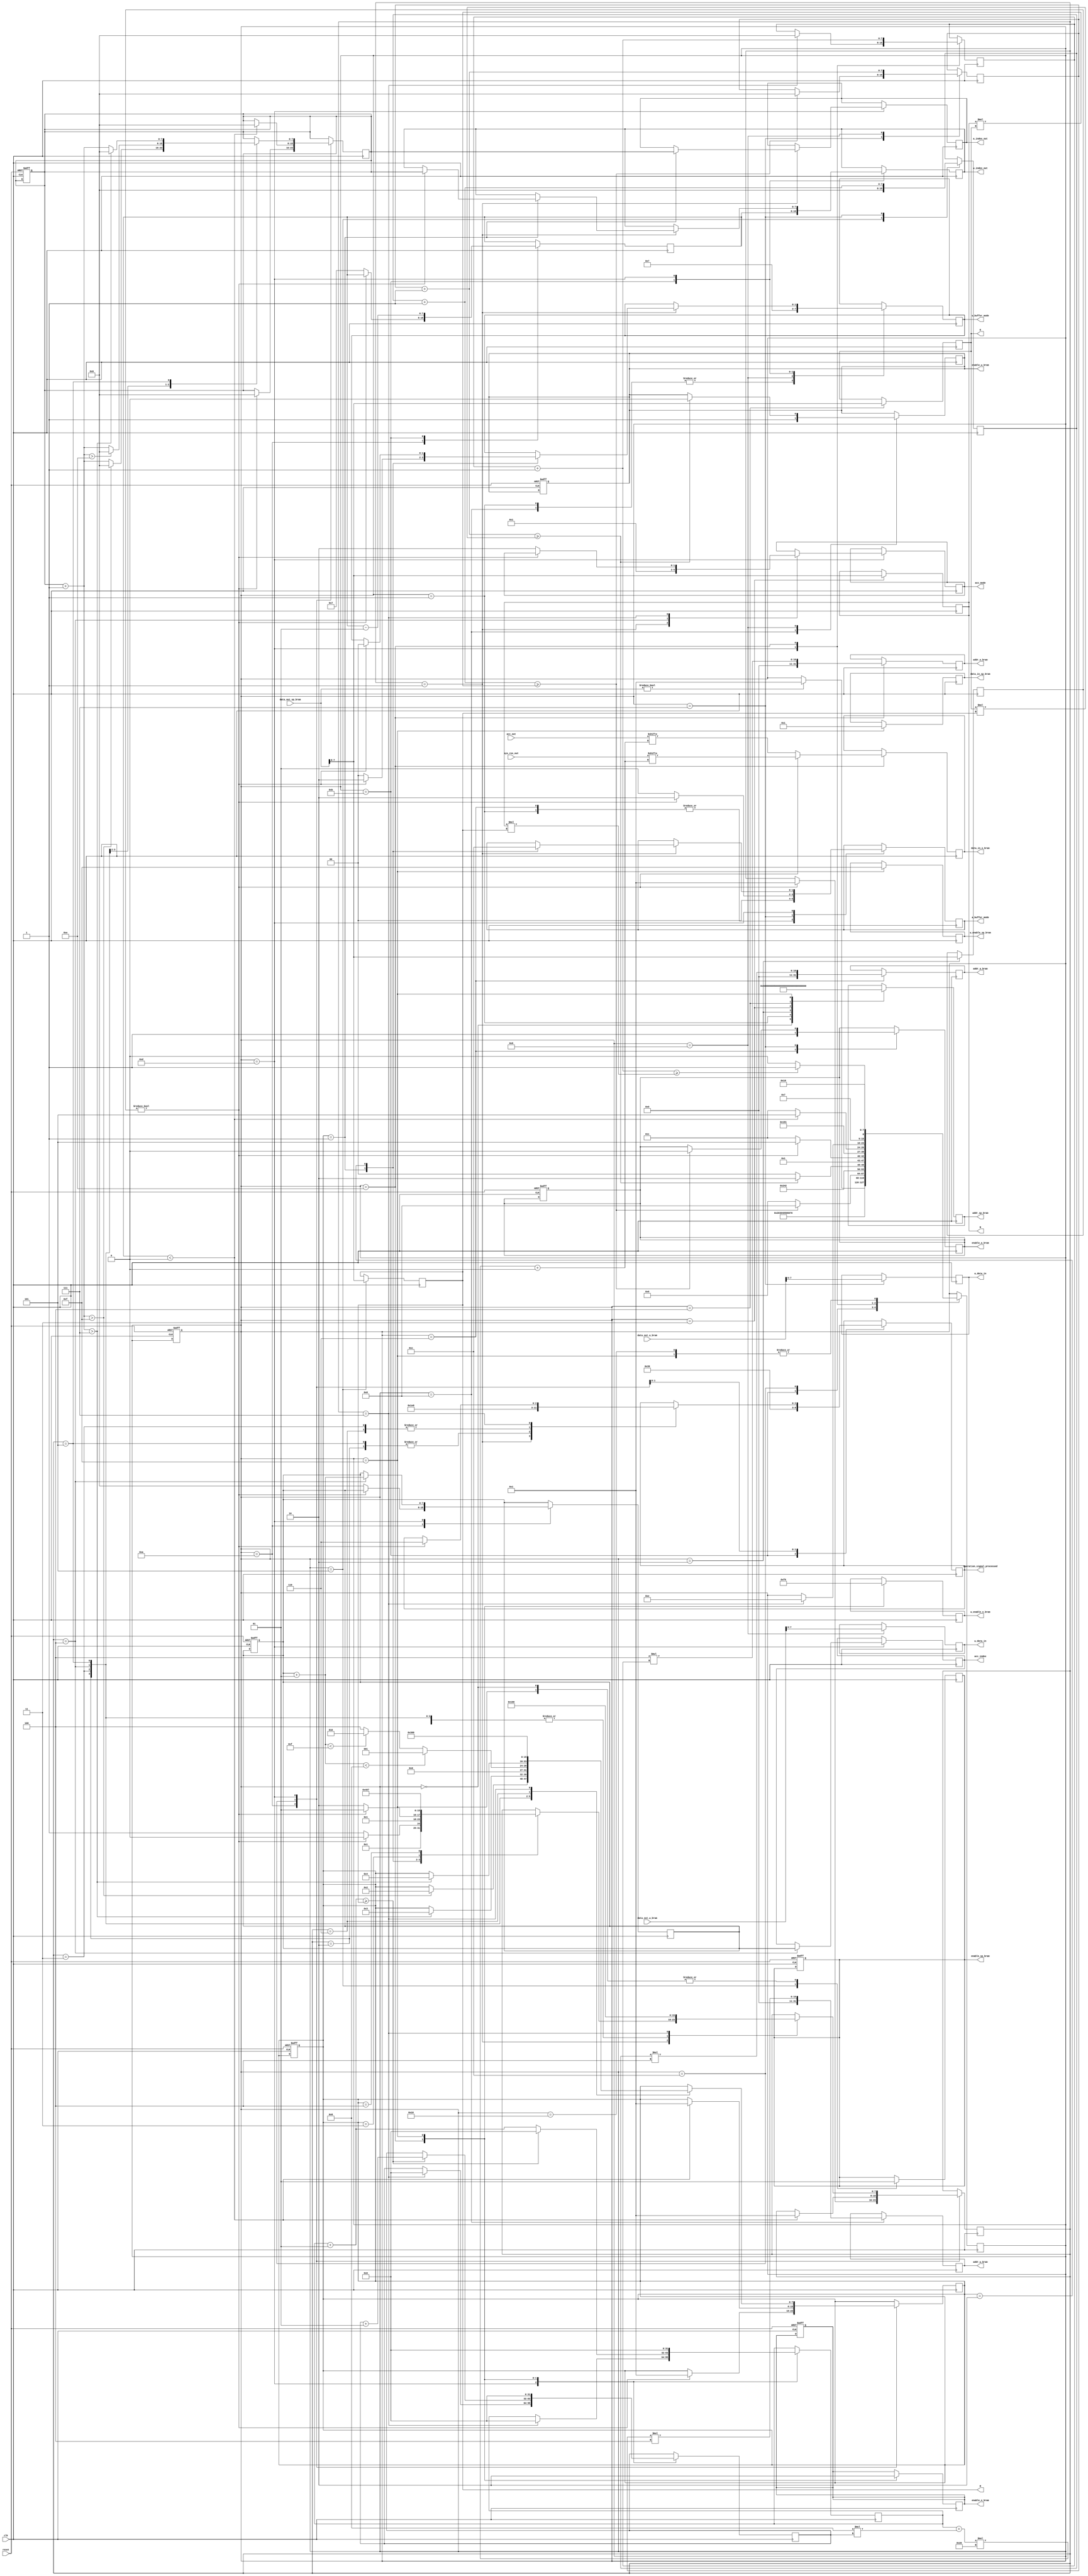
`timescale 100ns / 1ns

module fsm #(
    parameter integer DATA_WIDTH        = 8,
    parameter integer PE_OUT_WIDTH      = 32,
    parameter integer BRAM_ADDR_WIDTH   = 32,
    parameter integer INDEX_WIDTH       = 8,
    parameter integer OP_SIG_WIDTH      = 3,
    parameter integer MODE_SIG_WIDTH    = 2
)(
    input wire clk,
    input wire reset,

    output wire [32-1:0]         addr_sp_bram,
    output wire                  enable_sp_bram,
    input wire  [32-1:0]         data_out_sp_bram,  
    output wire [4-1 :0]         w_enable_sp_bram,
    output wire [32-1:0]         data_in_sp_bram,

    output wire [32-1:0]         addr_a_bram,
    output wire                  enable_a_bram,
    input  wire [32-1:0]         data_out_a_bram,

    output wire [32-1:0]         addr_w_bram,
    output wire                  enable_w_bram,
    input  wire [32-1:0]         data_out_w_bram,

    output wire [32-1:0]         addr_o_bram,
    output wire                  enable_o_bram,
    output wire [4-1 :0]         w_enable_o_bram,
    output wire [32-1:0]         data_in_o_bram,

    output wire [INDEX_WIDTH-1:0] M,
    output wire [INDEX_WIDTH-1:0] N,
    output wire [INDEX_WIDTH-1:0] K,

    output wire [DATA_WIDTH      - 1:0] a_data_in,
    output wire [DATA_WIDTH      - 1:0] w_data_in,
    output wire [MODE_SIG_WIDTH  - 1:0] a_buffer_mode,
    output wire [MODE_SIG_WIDTH  - 1:0] w_buffer_mode,
    output wire [INDEX_WIDTH     - 1:0] a_index_out,
    output wire [INDEX_WIDTH     - 1:0] w_index_out,

    output wire [MODE_SIG_WIDTH  - 1:0] acc_mode,
    output wire [INDEX_WIDTH  - 1:0] acc_index,

    output wire [OP_SIG_WIDTH  - 1:0] operation_signal_processed,
    
    input  wire [8*8*PE_OUT_WIDTH - 1:0] sys_res_out,
    input  wire [8*8*PE_OUT_WIDTH - 1:0] acc_out
);
    localparam IDLE = 0, 
    INIT = 1,
    READ_MODE = 2,
    READ_N = 3,
    READ_K = 4,
    READ_M = 5,
    WAIT_A_DATA = 6, 
    WRITE_A_SET = 7, 
    WAIT_W_DATA = 8,
    WRITE_W_SET = 9, 
    PREP_COMPUTE = 10,
    WAIT_W_PE = 11,
    LOAD_W_PE = 12,
    COMPUTE = 13, 
    WRITE_OUTPUT = 14,
    SEND_END_SIGNAL = 15,
    END_STEP = 16;

    reg [7:0] cur_state, next_state, mode;

    localparam COMPUTE_IDLE = 0,
    COMPUTE_WAIT = 1,
    COMPUTE_SYSTOLIC_OS = 2,
    COMPUTE_SYSTOLIC_WS = 3,
    FILL_ACC = 4,
    COMPUTE_EXTRA_OS = 5,
    COMPUTE_EXTRA_WS = 6,
    COMPUTE_DONE = 7;
    
    localparam COMPUTE_STEP_IDLE = 0,
    COMPUTE_STEP_INITIAL = 1,
    COMPUTE_STEP_EXTRA = 2,
    COMPUTE_STEP_FILL = 3,
    COMPUTE_STEP_DONE = 4;    

    reg [32-1:0] addr_sp_bram_reg;
    reg          enable_sp_bram_reg;
    reg [32-1:0] data_out_sp_bram_reg;  
    reg [4-1 :0] w_enable_sp_bram_reg;
    reg [32-1:0] data_in_sp_bram_reg;

    reg [32-1:0] addr_a_bram_reg;
    reg          enable_a_bram_reg;
    reg [32-1:0] data_out_a_bram_reg;

    reg [32-1:0] addr_w_bram_reg;
    reg          enable_w_bram_reg;
    reg [32-1:0] data_out_w_bram_reg;

    reg [32-1:0] addr_o_bram_reg;
    reg          enable_o_bram_reg;
    reg [4-1 :0] w_enable_o_bram_reg;
    reg [32-1:0] data_in_o_bram_reg;
    
    reg [7:0] next_compute_step; // 0 idle, 1 initial, 2 extra, 3 done
    reg [7:0] compute_substate; // FSM substate for computation
    reg [7:0] next_compute_substate;

    reg [7:0] a_buf_counter;
    reg [7:0] w_buf_counter;
    reg [7:0] out_counter;
    reg [7:0] compute_counter; // counter for the loops
    reg signed [7:0] acc_counter; // counter for PE load in WS
    reg signed [7:0] compute_w_pe_counter; // counter for PE load in WS

    localparam RAM_SP_IDLE = 0,
    RAM_SP_WAIT_WRITE = 1,
    RAM_SP_WAIT_READ = 2,
    RAM_SP_WRITE = 3,
    RAM_SP_READ = 4;

    localparam RAM_SP_READ_SIGNAL = 0,
    RAM_SP_READ_M = 1,
    RAM_SP_READ_K = 2,
    RAM_SP_READ_N = 3,
    RAM_SP_DONE = 4;

    reg [INDEX_WIDTH - 1:0] start_signal;
    reg start_signal_latched = 1'b0;
    
    reg [DATA_WIDTH  - 1:0] a_data_in_reg;
    reg [DATA_WIDTH  - 1:0] w_data_in_reg;
    
    reg [INDEX_WIDTH  - 1:0] a_index_out_reg;
    reg [INDEX_WIDTH  - 1:0] w_index_out_reg;
    reg [INDEX_WIDTH  - 1:0] acc_index_reg;

    reg [INDEX_WIDTH-1:0] M_reg;
    reg [INDEX_WIDTH-1:0] N_reg;
    reg [INDEX_WIDTH-1:0] K_reg;

    reg [MODE_SIG_WIDTH-1:0] a_buffer_mode_reg;
    reg [MODE_SIG_WIDTH-1:0] w_buffer_mode_reg;
    reg [MODE_SIG_WIDTH-1:0] acc_mode_reg;

    reg[OP_SIG_WIDTH-1:0] operation_signal_processed_reg;

    reg [1:0] delay_counter;

    integer i;
    integer j;

    always @(posedge clk or posedge reset) begin
        if (reset) begin
            enable_sp_bram_reg = 0;
            enable_a_bram_reg = 0;
            enable_w_bram_reg = 0;
            enable_o_bram_reg = 0;
            
            cur_state = IDLE;
            next_state = IDLE;
            compute_substate = COMPUTE_IDLE;
            compute_counter = 5'd0;
            delay_counter = 2'd0;
            next_compute_step = COMPUTE_STEP_IDLE;
            acc_counter = 0;
        end
    end

    always @(negedge clk) begin
        cur_state = next_state;

        case (cur_state)
            IDLE: begin
                enable_sp_bram_reg = 1;

                $display("IDLE %d", data_out_sp_bram);
                addr_sp_bram_reg = 0;
                if (data_out_sp_bram) begin
                    next_state = INIT;
                end
            end
            INIT: begin
                a_buffer_mode_reg = 2'b00;
                w_buffer_mode_reg = 2'b00;
                addr_sp_bram_reg = 4;
                next_state = READ_MODE;
                $display("pass INIT!");
            end
            READ_MODE: begin
                mode = data_out_sp_bram;
                addr_sp_bram_reg = 8;
                next_state = READ_N;
                $display("pass READ_MODE %d", mode);
            end
            READ_N: begin
                N_reg = data_out_sp_bram;
                addr_sp_bram_reg = 12;
                next_state = READ_K;
                $display("pass READ_N %d", N_reg);
            end
            READ_K: begin
                K_reg = data_out_sp_bram;
                addr_sp_bram_reg = 16;
                next_state = READ_M;
                $display("pass READ_K %d", K_reg);
            end
            READ_M: begin
                M_reg = data_out_sp_bram;
                next_state = WAIT_A_DATA;
                enable_sp_bram_reg = 0;
                a_buf_counter = 0;
                $display("pass READ_M %d", M_reg);
            end
            WAIT_A_DATA: begin
                enable_a_bram_reg = 1;
                addr_a_bram_reg = a_buf_counter * 4;
                
                a_buffer_mode_reg = 2'b00;
                next_state = WRITE_A_SET;
                $display("pass A_WAIT!");
            end
            WRITE_A_SET: begin
                if (mode) begin
                    a_buffer_mode_reg = 2'b10; // OS mode
                end else begin
                    a_buffer_mode_reg = 2'b01; // WS mode
                end
                a_data_in_reg = data_out_a_bram;
                
                a_buf_counter = a_buf_counter + 1;
                if (a_buf_counter >= N_reg * K_reg) begin
                    next_state = WAIT_W_DATA;
                    enable_a_bram_reg = 0;
                    w_buf_counter = 0;
                end else begin
                    next_state = WAIT_A_DATA;
                end
                $display("pass WRITE_A_SET! %d", a_data_in_reg);
            end
            WAIT_W_DATA: begin
                enable_w_bram_reg = 1;
                addr_w_bram_reg = w_buf_counter * 4;
                
                w_buffer_mode_reg = 2'b00;
                next_state = WRITE_W_SET;
                $display("pass W_WAIT!");
            end
            WRITE_W_SET: begin
                w_buffer_mode_reg = 2'b01;
                w_data_in_reg = data_out_w_bram;
                
                w_buf_counter = w_buf_counter + 1;
                if (w_buf_counter >= K_reg * M_reg) begin
                    next_state = PREP_COMPUTE;
                    enable_w_bram_reg = 0;
                end else begin
                    next_state = WAIT_W_DATA;
                end
                $display("pass WRITE_W_SET! %d", w_data_in_reg);
            end
            PREP_COMPUTE: begin
                if (mode) begin
                    next_compute_substate = COMPUTE_WAIT;
                    next_compute_step = COMPUTE_STEP_INITIAL;
                    compute_counter = 0;
                    next_state = COMPUTE;
                end else begin
                    compute_w_pe_counter = 7;
                    acc_counter = 0;
                    next_state = WAIT_W_PE;
                end
                $display("pass PREP_COMPUTE!");
            end
            WAIT_W_PE:  begin
                operation_signal_processed_reg = 3'b111;
                w_buffer_mode_reg = 2'b11;
                w_index_out_reg = compute_w_pe_counter;
                compute_w_pe_counter = compute_w_pe_counter - 1;
                next_state = LOAD_W_PE;
            end
            LOAD_W_PE: begin
                // load w to PE
                operation_signal_processed_reg = 3'b001;
                if(compute_w_pe_counter < 0)begin
                    next_compute_substate = COMPUTE_WAIT;
                    next_compute_step = COMPUTE_STEP_INITIAL;
                    compute_counter = 0;
                    next_state = COMPUTE;
                end else begin
                    next_state = WAIT_W_PE;
                end
                $display("pass LOAD_W_PE! %d", w_index_out_reg);
            end
            COMPUTE: begin
                compute_substate = next_compute_substate;
                case (compute_substate)
                
                    COMPUTE_IDLE: begin
                        // idle
                        // NOT_REACHED
                    end
                    
                    COMPUTE_WAIT: begin
                        case(next_compute_step)
                            COMPUTE_STEP_IDLE: begin
                                // idle
                                // NOT_REACHED
                            end
                            COMPUTE_STEP_INITIAL: begin // fetch data from buffer
                                if (mode) begin
                                    a_buffer_mode_reg = 2'b11;
                                    w_buffer_mode_reg = 2'b10;
                                    a_index_out_reg = compute_counter;
                                    w_index_out_reg = compute_counter;
                                    next_compute_substate = COMPUTE_SYSTOLIC_OS;
                                end else begin
                                    a_buffer_mode_reg = 2'b11;
                                    w_buffer_mode_reg = 2'b00;
                                    a_index_out_reg = compute_counter;
                                    next_compute_substate = COMPUTE_SYSTOLIC_WS;
                                end
                            end
                            COMPUTE_STEP_EXTRA: begin // doesn't need to fetch data
                                if (mode) begin
                                    a_buffer_mode_reg = 2'b00;
                                    w_buffer_mode_reg = 2'b00;
                                    next_compute_substate = COMPUTE_EXTRA_OS;
                                end else begin
                                    a_buffer_mode_reg = 2'b00;
                                    next_compute_substate = COMPUTE_EXTRA_WS;
                                end
                            end
                            COMPUTE_STEP_FILL: begin
                                next_compute_substate = FILL_ACC;
                            end
                            COMPUTE_STEP_DONE: begin // selesai cok
                                next_compute_substate = COMPUTE_DONE;
                            end
                        endcase

                        acc_mode_reg = 2'b00;
                        operation_signal_processed_reg = 3'b111;
                        $display("pass COMPUTE_WAIT!, compute_counter: %d", compute_counter);
                    end
                    
                    COMPUTE_SYSTOLIC_OS: begin
                        $display("pass COMPUTE_SYSTOLIC!, compute_counter: %d", compute_counter);
                        operation_signal_processed_reg = 3'b100;
                        compute_counter = compute_counter + 1;
                        if (compute_counter > 15) begin // set so it will continue to COMPUTE_EXTRA from COMPUTE_WAIT
                            next_compute_step = COMPUTE_STEP_EXTRA;
                            compute_counter = 0;
                        end
                        next_compute_substate = COMPUTE_WAIT;
                    end

                    COMPUTE_SYSTOLIC_WS: begin
                        $display("pass COMPUTE_SYSTOLIC!, compute_counter: %d", compute_counter);
                        operation_signal_processed_reg = 3'b000;
                        compute_counter = compute_counter + 1;
                        if (compute_counter > 7) begin
                            next_compute_step = COMPUTE_STEP_FILL;
                        end
                        if (compute_counter > 14) begin
                            compute_counter = 0;
                        end
                        next_compute_substate = COMPUTE_WAIT;
                    end

                    FILL_ACC: begin
                        $display("pass FILL_ACC!, compute_counter: %d", compute_counter);
                        acc_mode_reg = 2'b01;  // set to add mode
                        acc_index_reg = acc_counter;
                        acc_counter = acc_counter + 1;
                        $display("acc_index_reg: %d", acc_index_reg); 
                        if (acc_counter < 8) begin
                            next_compute_step = COMPUTE_STEP_INITIAL;
                        end else if (acc_counter < 15) begin
                            next_compute_step = COMPUTE_STEP_EXTRA;
                        end else begin
                            next_compute_step = COMPUTE_STEP_DONE;
                        end
                        next_compute_substate = COMPUTE_WAIT;
                    end
                    
                    COMPUTE_EXTRA_OS: begin
                        $display("pass COMPUTE_EXTRA!, compute_counter: %d", compute_counter);
                        operation_signal_processed_reg = 3'b100;
                        compute_counter = compute_counter + 1;
                        if (compute_counter > 7) begin
                            next_compute_step = COMPUTE_STEP_DONE;
                            compute_counter = 0;
                        end
                        next_compute_substate = COMPUTE_WAIT;
                    end

                    COMPUTE_EXTRA_WS: begin
                        operation_signal_processed_reg = 3'b000;
                        next_compute_step = COMPUTE_STEP_FILL;
                        next_compute_substate = COMPUTE_WAIT;
                    end
                    
                    COMPUTE_DONE: begin
                        if (mode) begin
                            operation_signal_processed_reg = 3'b110;
                        end else begin
                            acc_mode_reg = 2'b10;
                        end
                        next_compute_step = COMPUTE_STEP_IDLE;
                        next_compute_substate = COMPUTE_IDLE;
                        next_state = WRITE_OUTPUT;
                        i = 0;
                        j = 0;
                        out_counter = 0;
                        $display("pass COMPUTE_DONE");
                    end
                endcase
            end
            WRITE_OUTPUT: begin //TODO ganti kali ya biar ngurangin clock, kyk di piazza, 300 ga cukup soalnya
                enable_o_bram_reg = 1;
                w_enable_o_bram_reg = 4'b1111;
                
                addr_o_bram_reg = 4 * out_counter;
                if (mode) begin // get from sys_res_ut if OS
                    data_in_o_bram_reg = sys_res_out[(j + 8*i)*PE_OUT_WIDTH +: PE_OUT_WIDTH];
                end else begin // get from acc_out if WS
                    data_in_o_bram_reg = acc_out[(j + 8*i)*PE_OUT_WIDTH +: PE_OUT_WIDTH];
                end
                
                j = j + 1;
                if (j >= M_reg) begin
                    i = i + 1;
                    j = 0;
                end
                
                out_counter = out_counter + 1;
                if (out_counter >= N_reg * M_reg) begin //TODO rapihin dikit
                    next_state = SEND_END_SIGNAL;
                end else begin
                    next_state = WRITE_OUTPUT;
                end
                $display("pass WRITE_OUTPUT! %d %d", out_counter, data_in_o_bram_reg);
            end
            SEND_END_SIGNAL: begin //TODO rapihin dikit sm gw gatau ini diapain
                enable_o_bram_reg = 0;
                w_enable_o_bram_reg = 4'b0000;
                enable_sp_bram_reg = 1;
                w_enable_sp_bram_reg = 4'b1111;
                addr_sp_bram_reg = 100;
                data_in_sp_bram_reg = 1;
                
                i = 0;
                j = 0;
            
                next_state = END_STEP;
                $display("pass SEND_END_SIGNAL!");
            end
            END_STEP: begin
                next_state = END_STEP;
                // TODO gua gatau mau ngapain cok ini, harusnya balik kah ke awal?
                //next_state = IDLE;
            end
        endcase
    end

    // assigning the outputs
    assign addr_sp_bram = addr_sp_bram_reg;
    assign enable_sp_bram = enable_sp_bram_reg;
    assign w_enable_sp_bram = w_enable_sp_bram_reg;
    assign data_in_sp_bram = data_in_sp_bram_reg;

    assign addr_a_bram = addr_a_bram_reg;
    assign enable_a_bram = enable_a_bram_reg;

    assign addr_w_bram = addr_w_bram_reg;
    assign enable_w_bram = enable_w_bram_reg;

    assign addr_o_bram = addr_o_bram_reg;
    assign enable_o_bram = enable_o_bram_reg;
    assign w_enable_o_bram = w_enable_o_bram_reg;
    assign data_in_o_bram = data_in_o_bram_reg;

    assign M = M_reg;
    assign N = N_reg;
    assign K = K_reg;
    assign a_data_in = a_data_in_reg;
    assign w_data_in = w_data_in_reg;
    assign a_buffer_mode = a_buffer_mode_reg;
    assign w_buffer_mode = w_buffer_mode_reg;
    assign a_index_out = a_index_out_reg;
    assign acc_index = acc_index_reg;
    assign w_index_out = w_index_out_reg;
    assign acc_mode = acc_mode_reg;

    assign operation_signal_processed = operation_signal_processed_reg;


endmodule